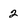
Character: 2